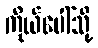
ကိုယ်ပေါ်သို့